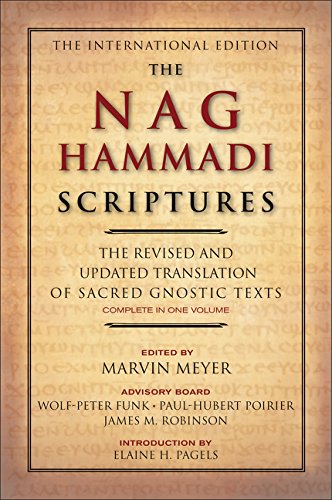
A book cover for The Nag Hammadi Scriptures: The Revised and Updated Translation of Sacred Gnostic Texts Complete in One Volume; History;